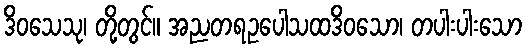
ဒိဝသေသု၊ တို့တွင်။ အညတရဥပေါသထဒိဝသော၊ တပါးပါးသော